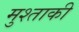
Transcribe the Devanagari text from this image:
मुश्ताकी